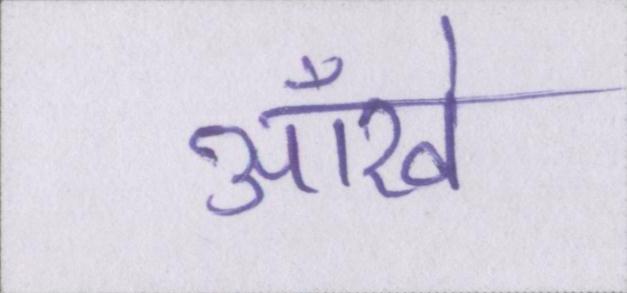
आँखे